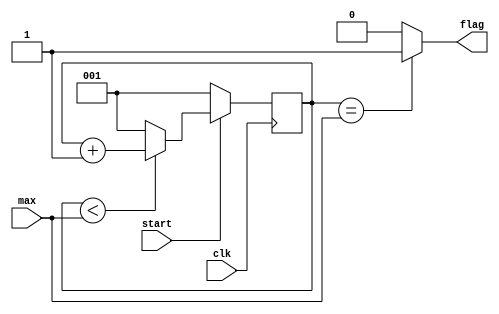
module Counter( clk, start, max, flag );
input clk, start;
input [2:0] max;
output flag;
reg [2:0] cnt;
wire [2:0] n_cnt;

always@( posedge clk ) begin
	if( start ) begin
		cnt <= n_cnt;
	end else begin
		cnt <= 1;
	end
end

assign n_cnt = ( cnt < max ) ? cnt+1 : 1;
assign flag = ( cnt == max ) ? 1'b1 : 1'b0;
endmodule